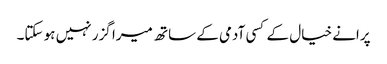
پرانے خیال کے کسی آدمی کے ساتھ میرا گزر نہیں ہو سکتا۔